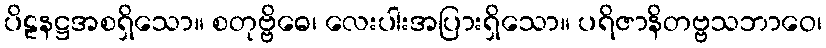
ပိဠနဋ္ဌအစရှိသော။ စတုဗ္ဗိဓေ၊ လေးပါးအပြားရှိသော။ ပရိဇာနိတဗ္ဗသဘာဝေ၊